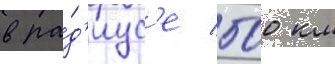
в ра́д'иус'е 500 км